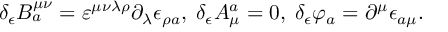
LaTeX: \delta _ { \epsilon } B _ { a } ^ { \mu \nu } = \varepsilon ^ { \mu \nu \lambda \rho } \partial _ { \lambda } \epsilon _ { \rho a } , \; \delta _ { \epsilon } A _ { \mu } ^ { a } = 0 , \; \delta _ { \epsilon } \varphi _ { a } = \partial ^ { \mu } \epsilon _ { a \mu } .